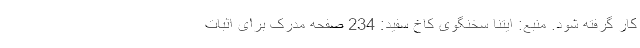
کار گرفته شود. منبع: ایتنا سخنگوی کاخ سفید: 234 صفحه مدرک برای اثبات